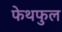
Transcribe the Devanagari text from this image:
फेथफुल